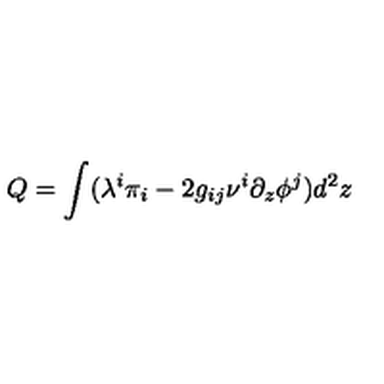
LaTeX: Q = \int ( \lambda ^ { i } \pi _ { i } - 2 g _ { i j } \nu ^ { i } \partial _ { z } \phi ^ { j } ) d ^ { 2 } z